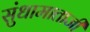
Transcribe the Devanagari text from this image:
सुंधामाताजी